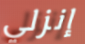
إنزلي